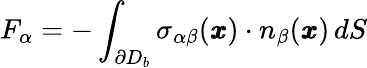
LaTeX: F_{\alpha}=-\int_{\partial D_{b}}{\sigma}_{\alpha\beta}({\pmb x})\cdot{n}_{\beta}({\pmb x})\, dS